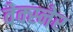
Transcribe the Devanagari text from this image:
वेक्स्नेर